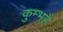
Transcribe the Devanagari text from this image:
कुम्भहै